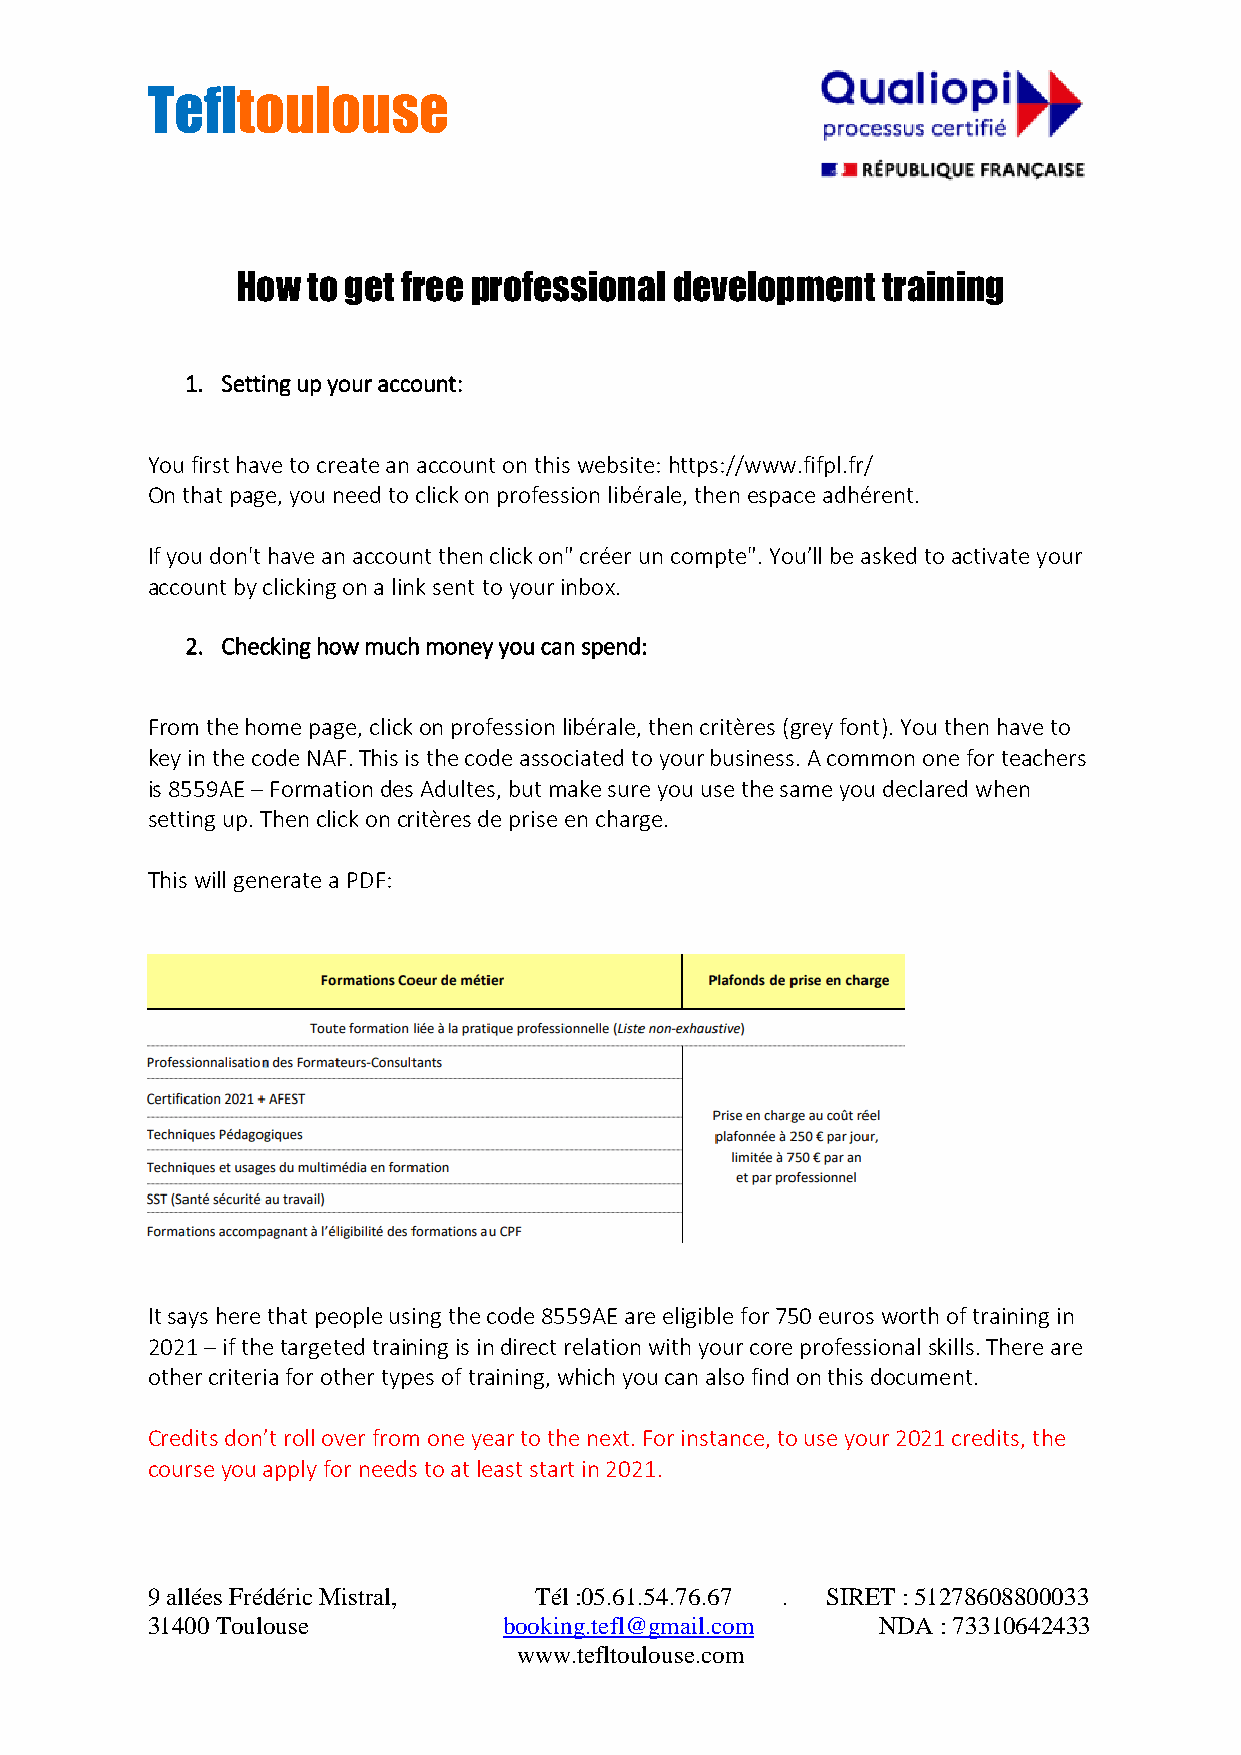
Tefltoulouse
 How to get free professional development  training
 1. Setting up your account:
 You first have to create an account on this website: https://www.fifpl.fr/
 On that page, you need to click on profession libérale, then espace adhérent.
 If you don't have an account then click on" créer un compte". You’ll be asked to activate your
 account by clicking on a link sent to your inbox.
 2. Checking how much money you can spend:
 From the home page, click on profession libérale, then critères (grey font). You then have to
 key in the code NAF. This is the code associated to your business. A common one for teachers
 is 8559AE – Formation des Adultes, but make sure you use the same you declared when
 setting up. Then click on critères de prise en charge.
 This will generate a PDF:
 It says here that people using the code 8559AE are eligible for 750 euros worth of training in
 2021 – if the targeted training is in direct relation with your core professional skills. There are
 other criteria for other types of training, which you can also find on this document.
 Credits don’t roll over from one year to the next. For instance, to use your 2021 credits, the
 course you apply for needs to at least start in 2021.
 9 allées Frédéric Mistral, Tél :05.61.54.76.67 . SIRET : 51278608800033
 31400 Toulouse         booking.tefl@gmail.com   NDA : 73310642433
 www.tefltoulouse.com